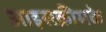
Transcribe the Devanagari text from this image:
आइसक्रीमके